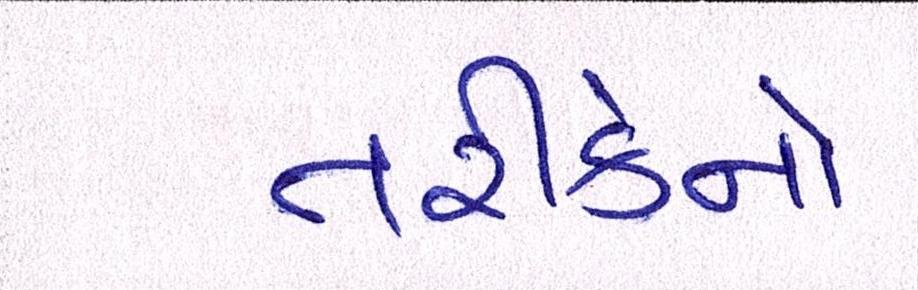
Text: તરીકેનો